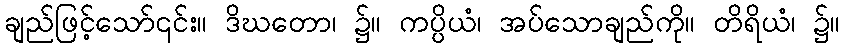
ချည်ဖြင့်သော်၎င်း။ ဒိဃတော၊ ၌။ ကပ္ပိယံ၊ အပ်သောချည်ကို။ တိရိယံ၊ ၌။